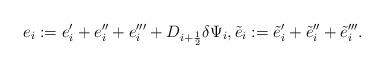
LaTeX: \begin{align*}e_i:=e'_i+e''_i+e'''_i+D_{i+\frac{1}{2}}\delta\Psi_i, \tilde{e}_i:=\tilde{e}'_i+\tilde{e}''_i+\tilde{e}'''_i.\end{align*}